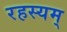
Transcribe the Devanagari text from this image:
रहस्यम्